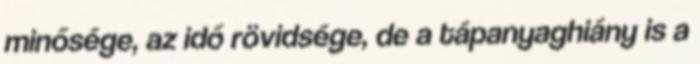
minősége, az idő rövidsége, de a tápanyaghiány is a